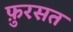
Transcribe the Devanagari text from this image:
फ़ुरसत